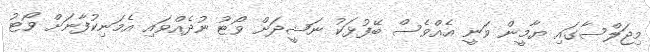
މިޖަލްސާގައި ޔާމީން ވަނީ އެއްވެސް ބޭފުޅަކު ނަޝީދަށް ވޯޓު ނުދެއްވައި އެމަނިކުފާނަށް ވޯޓު